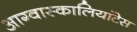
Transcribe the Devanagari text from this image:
आग्वास्कालियांटेस